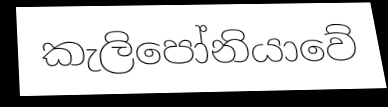
කැලිපෝනියාවේ